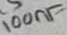
Text: 100nF